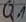
Text: Q1